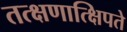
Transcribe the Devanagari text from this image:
तत्क्षणात्क्षिपते